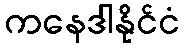
ကနေဒါနိုင်ငံ